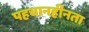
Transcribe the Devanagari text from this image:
पहचानहीनता